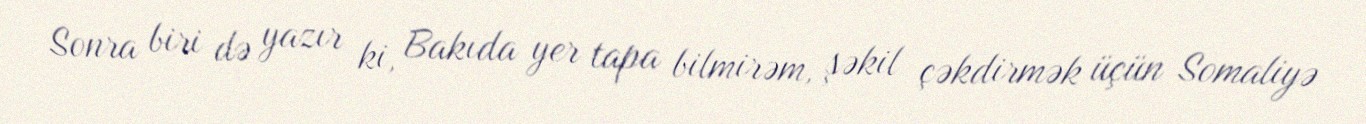
Sonra biri də yazır ki, Bakıda yer tapa bilmirəm, şəkil çəkdirmək üçün Somaliyə